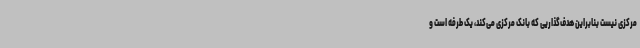
مرکزی نیست بنابراین هدف‌گذاریی که بانک مرکزی می‌کند، یک طرفه است و